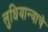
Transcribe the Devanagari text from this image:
लुधियान्याचे